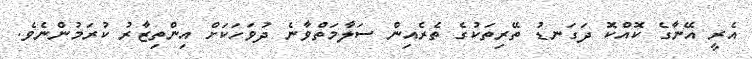
އެރީ އޭނާގެ ކޮއްކޮ ދަގަނޑު ތޭރިތަކުގެ ތެރެއިން ސަލާމަތްވާނެ ދުވަހަކަށް އިންތިޒާރު ކުރަމުންނެވެ.